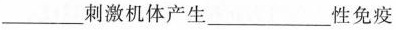
___刺激机体产生___性免疫